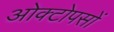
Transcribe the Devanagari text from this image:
ओक्टोपसों